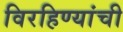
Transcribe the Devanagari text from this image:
विरहिण्यांची